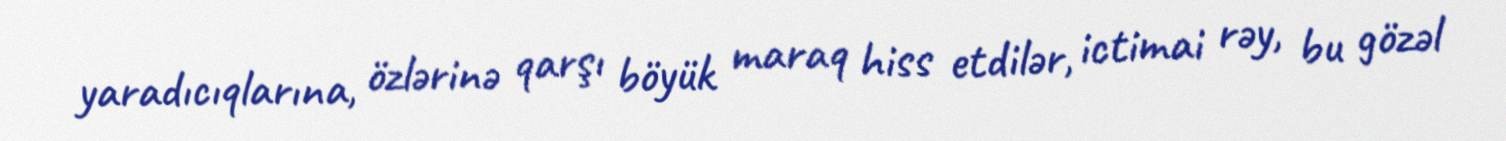
yaradıcıqlarına, özlərinə qarşı böyük maraq hiss etdilər, ictimai rəy, bu gözəl